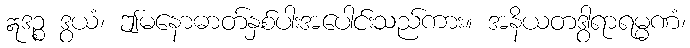
ဣဒဉ္စ ဒွယံ၊ ဤမနောဓာတ်နှစ်ပါးအပေါင်းသည်ကား။ အနိယတဒွါရာရမ္မဏံ၊